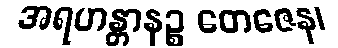
အရဟန္တာနဉ္စ တေဇေန၊